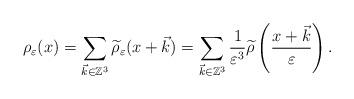
LaTeX: \begin{align*}\rho_{\varepsilon}(x)=\sum_{\vec{k}\in\mathbb{Z}^{3}}\widetilde{\rho}_{\varepsilon}(x+\vec{k})=\sum_{\vec{k}\in\mathbb{Z}^{3}}\frac{1}{\varepsilon^{3}}\widetilde{\rho}\left(\frac{x+\vec{k}}{\varepsilon}\right).\end{align*}